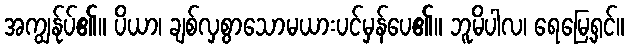
အကျွန်ုပ်၏။ ပိယာ၊ ချစ်လှစွာသောမယားပင်မှန်ပေ၏။ ဘူမိပါလ၊ ရေမြေ့ရှင်။